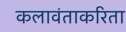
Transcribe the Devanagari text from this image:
कलावंताकरिता